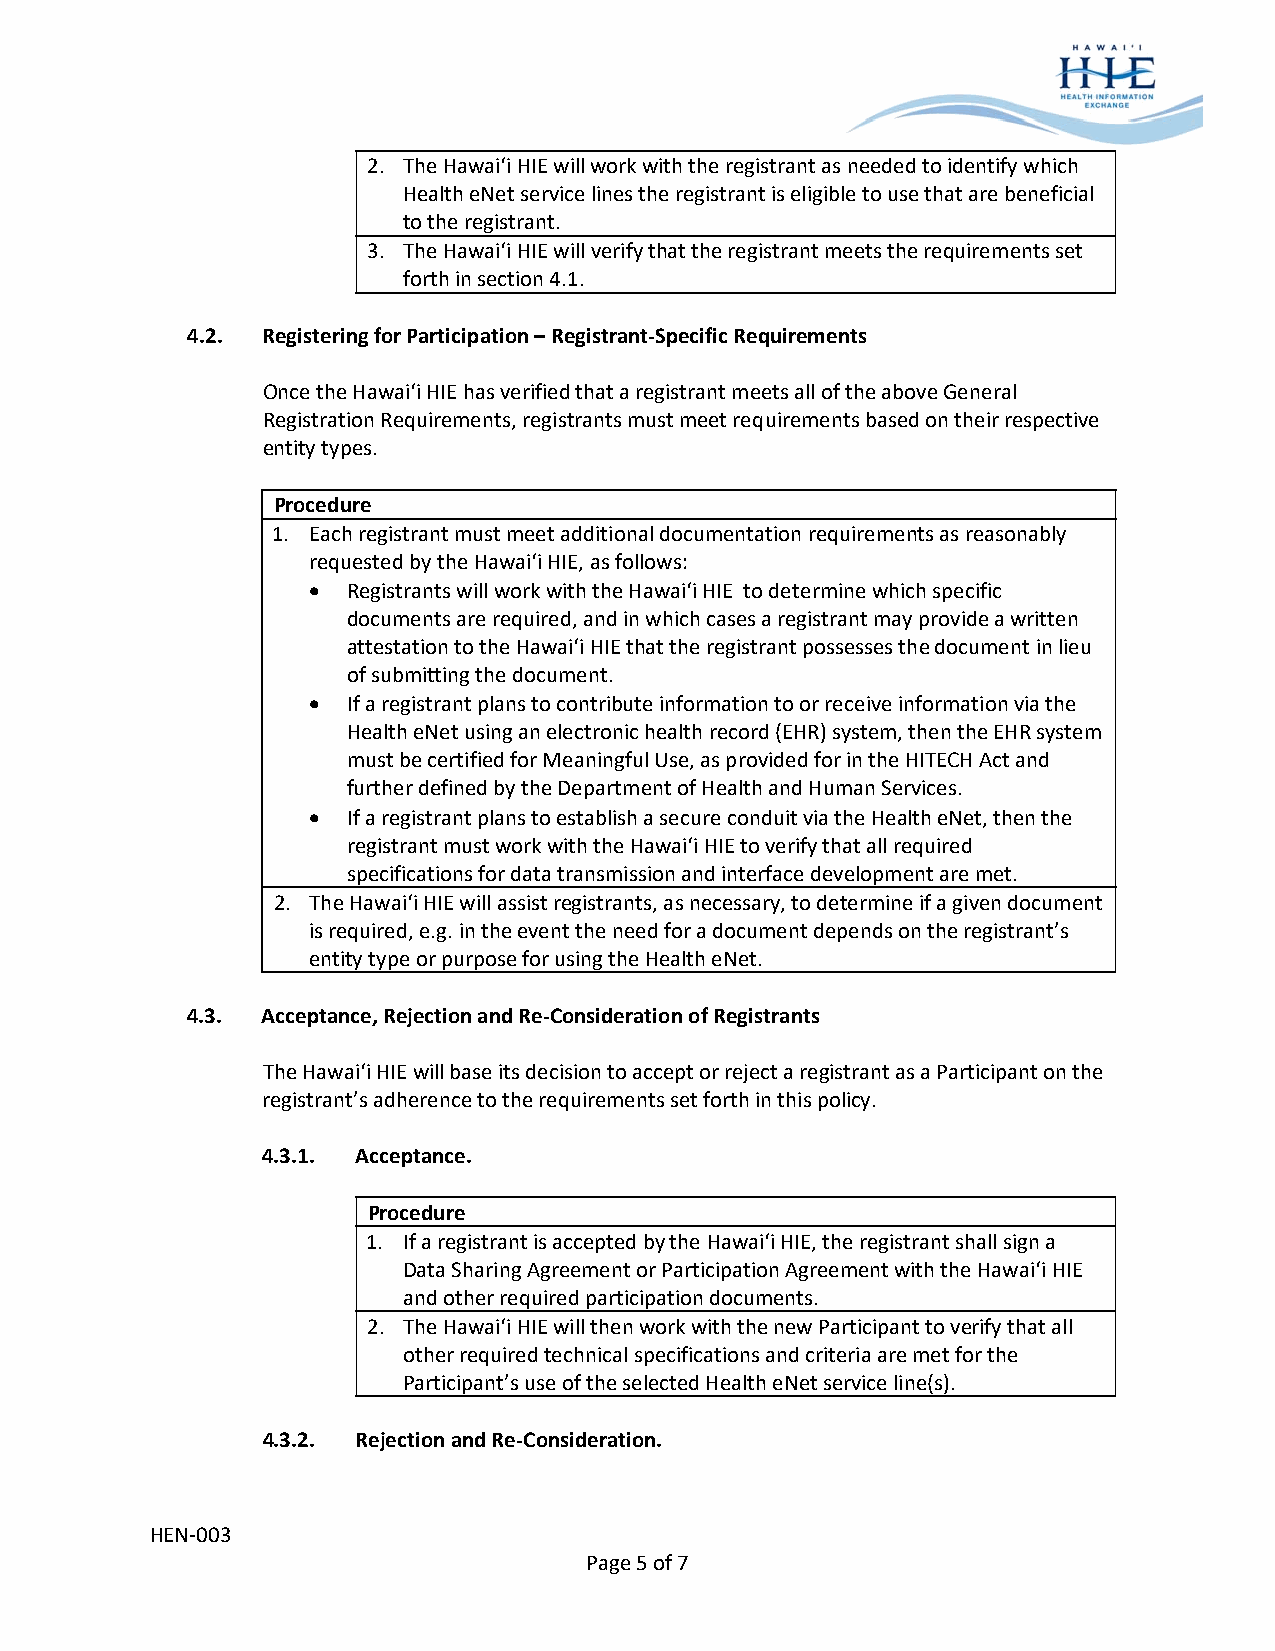
2. The Hawai‘i HIE will work with the registrant as needed to identify which
 Health eNet service lines the registrant is eligible to use that are beneficial
 to the registrant.
 3. The Hawai‘i HIE will verify that the registrant meets the requirements set
 forth in section 4.1.
 4.2. Registering for Participation – Registrant‐Specific Requirements
 Once the Hawai‘i HIE has verified that a registrant meets all of the above General
 Registration Requirements, registrants must meet requirements based on their respective
 entity types.
 Procedure
 1. Each registrant must meet additional documentation requirements as reasonably
 requested by the Hawai‘i HIE, as follows:
   Registrants will work with the Hawai‘i HIE to determine which specific
 documents are required, and in which cases a registrant may provide a written
 attestation to the Hawai‘i HIE that the registrant possesses the document in lieu
 of submitting the document.
   If a registrant plans to contribute information to or receive information via the
 Health eNet using an electronic health record (EHR) system, then the EHR system
 must be certified for Meaningful Use, as provided for in the HITECH Act and
 further defined by the Department of Health and Human Services.
   If a registrant plans to establish a secure conduit via the Health eNet, then the
 registrant must work with the Hawai‘i HIE to verify that all required
 specifications for data transmission and interface development are met.
 2. The Hawai‘i HIE will assist registrants, as necessary, to determine if a given document
 is required, e.g. in the event the need for a document depends on the registrant’s
 entity type or purpose for using the Health eNet.
 4.3. Acceptance, Rejection and Re‐Consideration of Registrants
 The Hawai‘i HIE will base its decision to accept or reject a registrant as a Participant on the
 registrant’s adherence to the requirements set forth in this policy.
 4.3.1. Acceptance.
 Procedure
 1. If a registrant is accepted by the Hawai‘i HIE, the registrant shall sign a
 Data Sharing Agreement or Participation Agreement with the Hawai‘i HIE
 and other required participation documents.
 2. The Hawai‘i HIE will then work with the new Participant to verify that all
 other required technical specifications and criteria are met for the
 Participant’s use of the selected Health eNet service line(s).
 4.3.2. Rejection and Re‐Consideration.
 HEN‐003
 Page 5 of 7